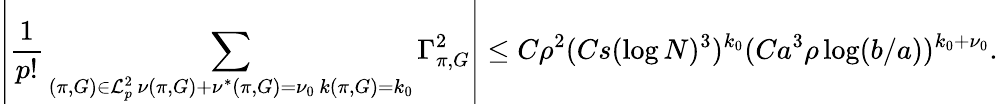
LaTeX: \left\vert\frac{1}{p!}\sum_{\substack{(\pi,G)\in\mathcal{L}_{p}^{2}\, \nu(\pi,G)+\nu^{*}(\pi,G)=\nu_{0}\, k(\pi,G)=k_{0}}}\Gamma_{\pi,G}^{2}\right\vert\leq C\rho^{2}(Cs(\log N)^{3})^{k_{0}}(Ca^{3}\rho\log(b/a))^{k_{0}+\nu_{0}}.